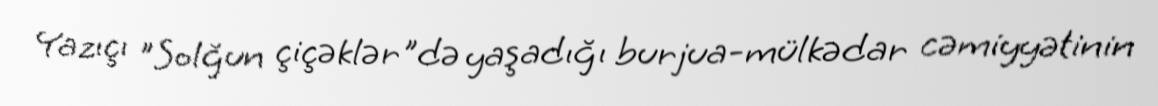
Yazıçı "Solğun çiçəklər"də yaşadığı burjua-mülkədar cəmiyyətinin